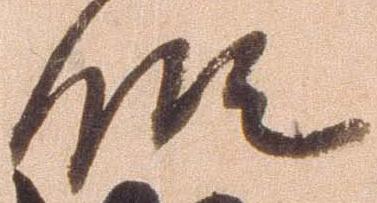
候